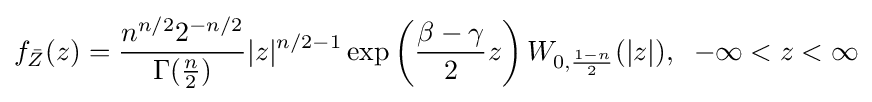
f_{\bar {Z}}(z)={\frac {n^{n/2}2^{-n/2}}{\Gamma ({\frac {n}{2}})}}|z|^{n/2-1}\exp \left({\frac {\beta -\gamma }{2}}z\right){W}_{0,{\frac {1-n}{2}}}(|z|),\;\;-\infty <z<\infty